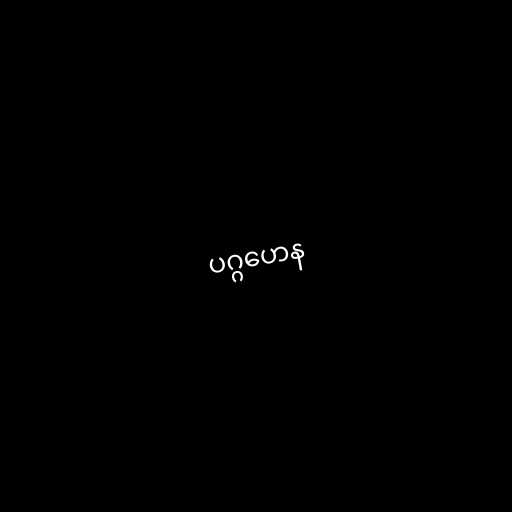
ပဂ္ဂဟေန